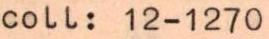
coll: 12-1270